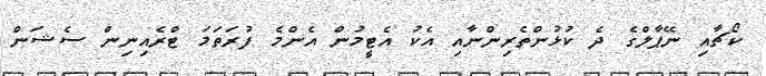
ކޯޗާއި ނޭޕާލްގެ ދެ ކުޅުންތެރިންނާއި އެކު އެޓީމުން އެންމެ ފުރަތަމަ ޓްރެއިނިން ސެޝަން